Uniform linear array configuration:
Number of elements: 16
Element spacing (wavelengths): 0.75
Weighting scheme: cosine
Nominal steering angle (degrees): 0
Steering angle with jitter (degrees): -0.3142
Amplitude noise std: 0.05
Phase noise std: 0.05

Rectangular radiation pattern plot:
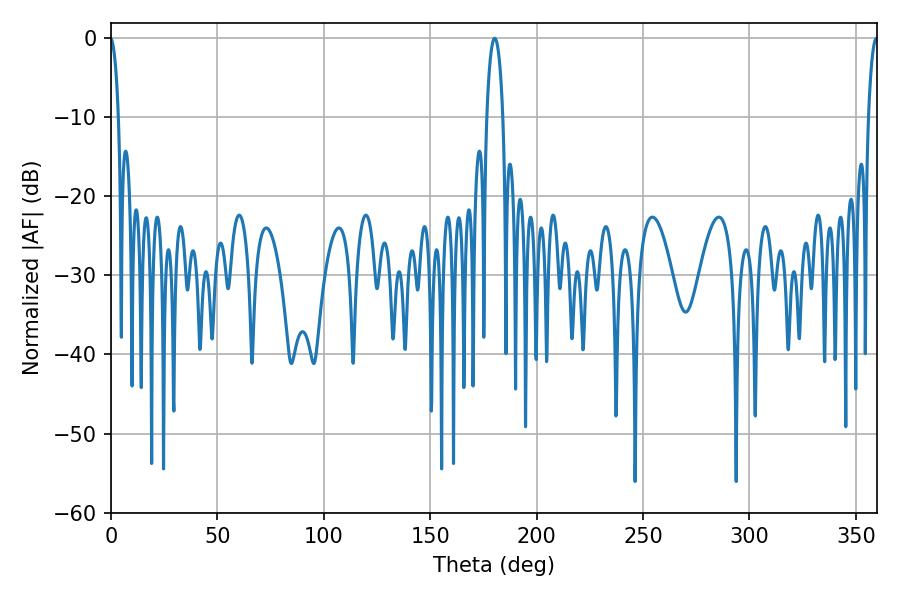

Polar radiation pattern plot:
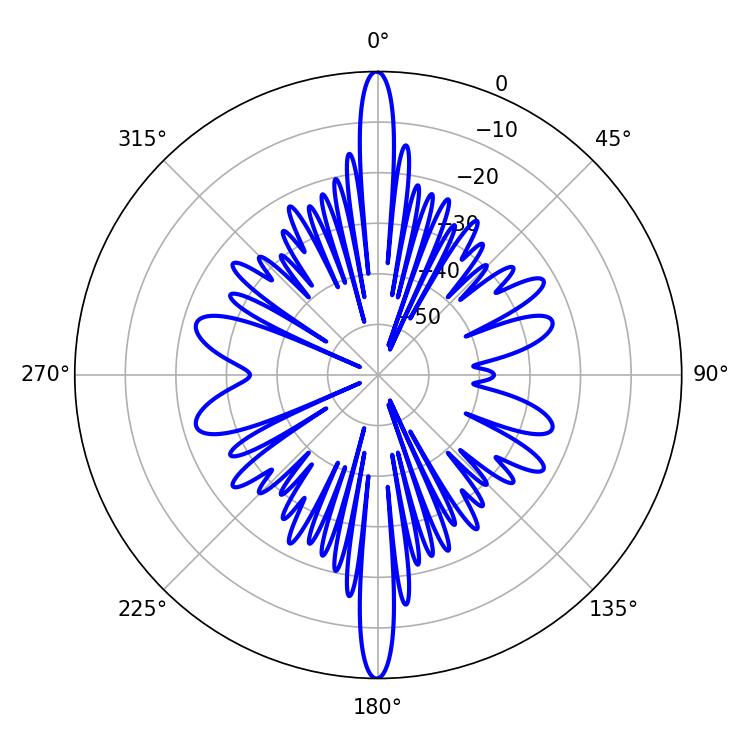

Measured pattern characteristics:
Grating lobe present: TRUE
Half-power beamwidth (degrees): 2.52
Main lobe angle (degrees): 359.64